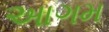
આગમ